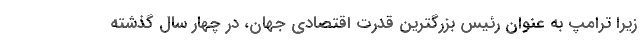
زيرا ترامپ به عنوان رئیس بزرگترین قدرت اقتصادی جهان، در چهار سال گذشته